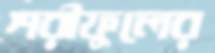
শরীফুলের